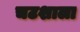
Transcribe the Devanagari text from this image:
चटशाला